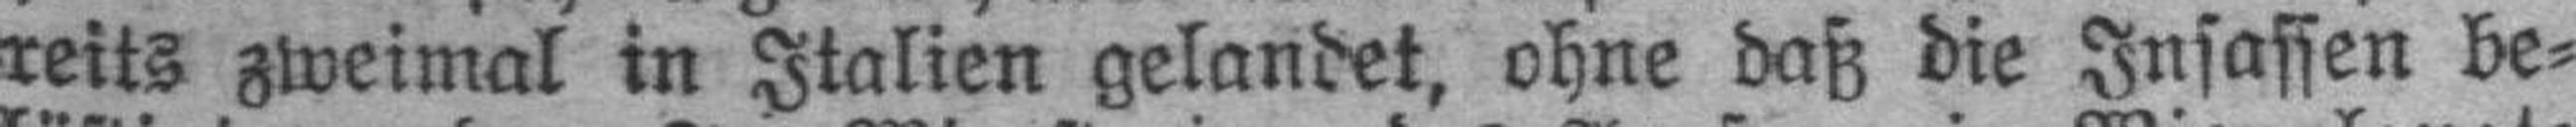
reits zweimal in Italien gelandet, ohne daß die Insassen be¬